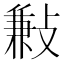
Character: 㪠